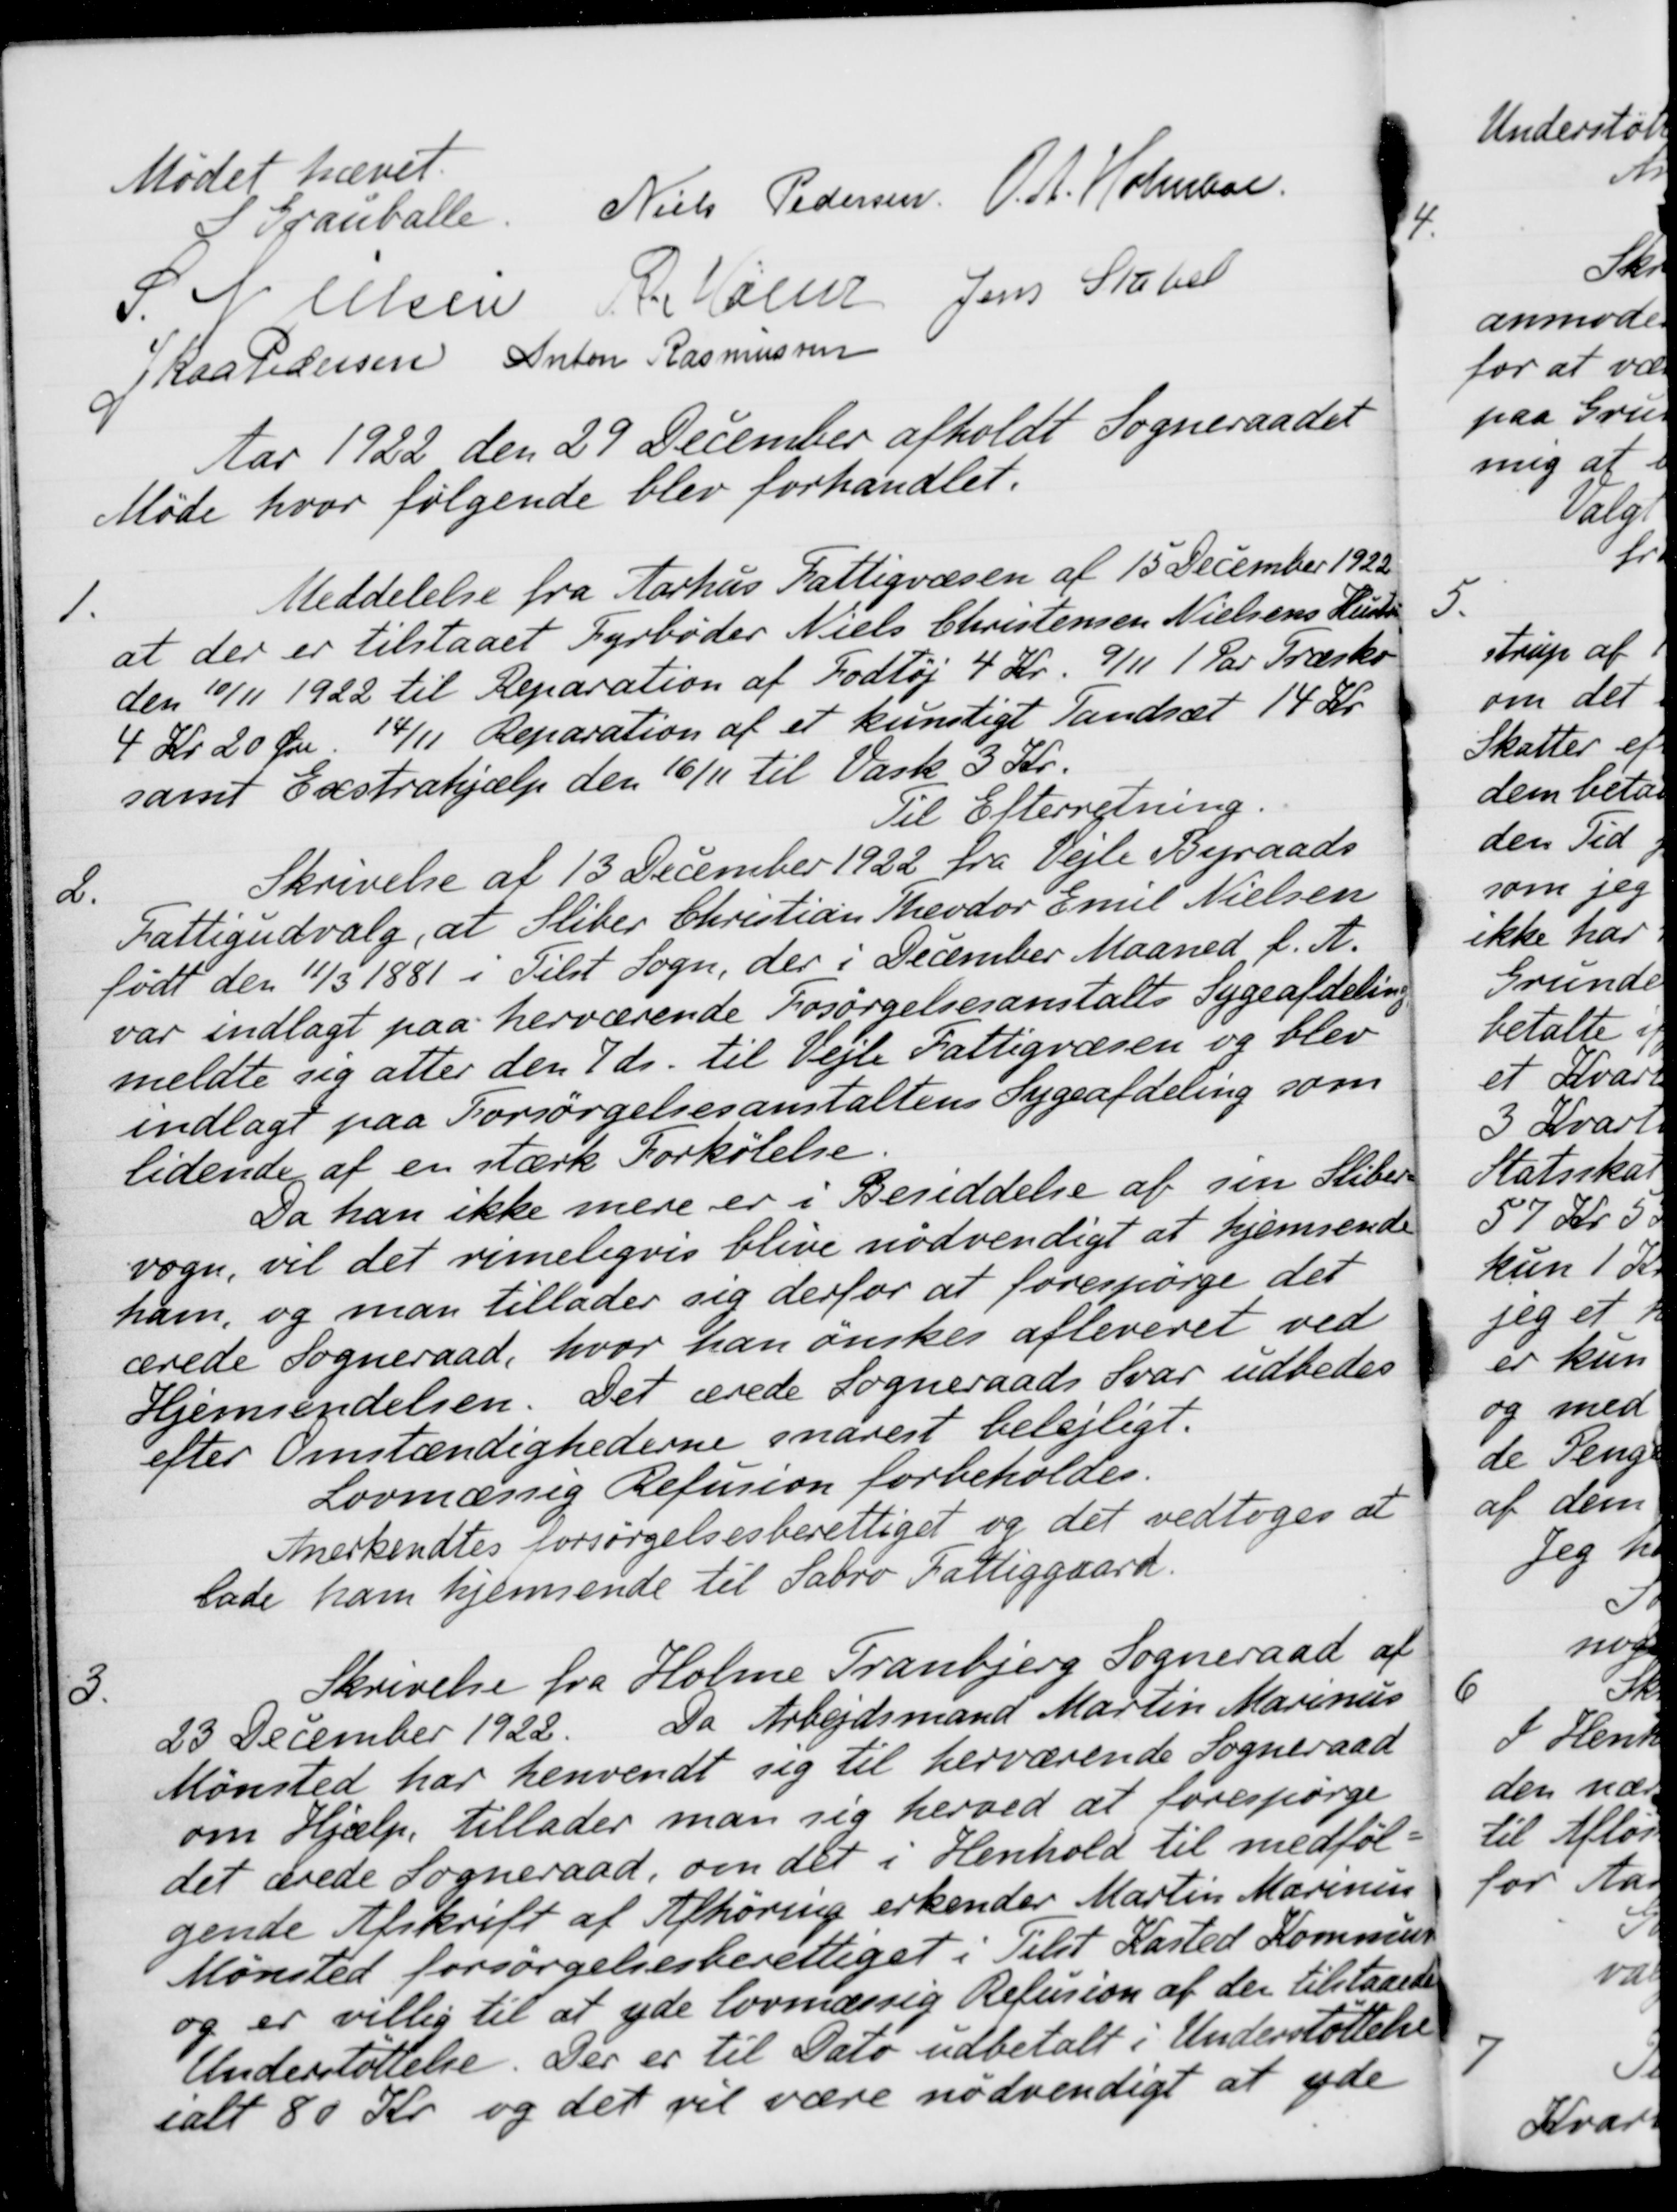
Transskription:
Mødet hævet.
S. Grauballe
Niels Pedersen.
O. A. Holmboe.
S. Nielsen
R Mainz
Jens Stabel
J Kaa Pedersen
Anton Rasmussen
Aar 1922 den 29 December afholdt Sogneraadet
Møde hvor følgende blev forhandlet.
1.
Meddelelse fra Aarhus Fattigvæsen af 15 December 1922
at der er tilstaaet Fyrbøder Niels Christensen Nielsens Hustru
den 10/11 1922 til Reparation af Fodtøj 4 Kr. 9/11 1 Par Træsko
4 Kr 20 Øre. 14/11 Reparation af et kunstigt Tandsæt 14 Kr.
samt Exstrahjælp den 16/11 til Vask 3 Kr.
Til Efterretning.
2.
Skrivelse af 13 December 1922 fra Vejle Byraads
Fattigudvalg, at Sliber Christian Theodor Emil Nielsen
født den 11/3 1881 i Tilst Sogn, der i December Maaned f. A.
var indlagt paa herværende Forsørgelsesanstalts Sygeafdeling
meldte sig atter den 7' ds. til Vejle Fattigvæsen og blev
indlagt paa Forsørgelsesanstaltens Sygeafdeling som
lidende af en stærk Forkólelse
Da han ikke mere er i Besiddelse af sin Sliber-
vogn, vil det rimeligvis blive nødvendigt at hjemsende
ham, og man tillader sig derfor at forespørge det
ærede Sogneraad, hvor han ønskes afleveret ved
Hjemsendelsen. Det ærede Sogneraads Svar udbedes
efter Omstændighederne snarest belejligt.
Lovmæssig Refusion forbeholdes.
Anerkendtes forsørgelsesberettiget og det vedtoges at
lade ham hjemsende til Sabro Fattiggaard.
3.
Skrivelse fra Holme Tranbjerg Sogneraad af
23 December 1922. Da Arbejdsmand Martin Marinus
Mønsted har henvendt sig til herværende Sogneraad
om Hjælp tillader man sig herved at forespørge
det ærede Sogneraad, om det i Henhold til medføl-
gende Afskrift af Afhøring erkender Martin Marinus
Mønsted forsørgelsesberettiget i Tilst Kasted Kommune
og er villig til at yde lovmæssig Refusion af der tilstaaede
Understøttelse. Der er til Dato udbetalt i Understøttelse
ialt 80 Kr. og det vil være nødvendigt at yde